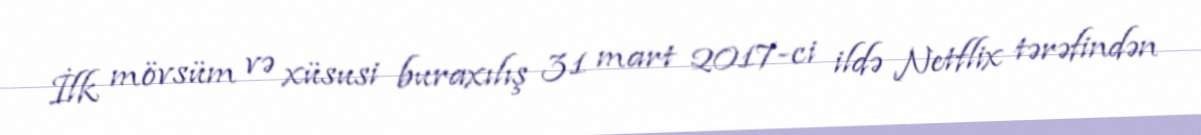
İlk mövsüm və xüsusi buraxılış 31 mart 2017-ci ildə Netflix tərəfindən